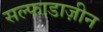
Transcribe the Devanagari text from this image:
सल्फाडाज़ीन